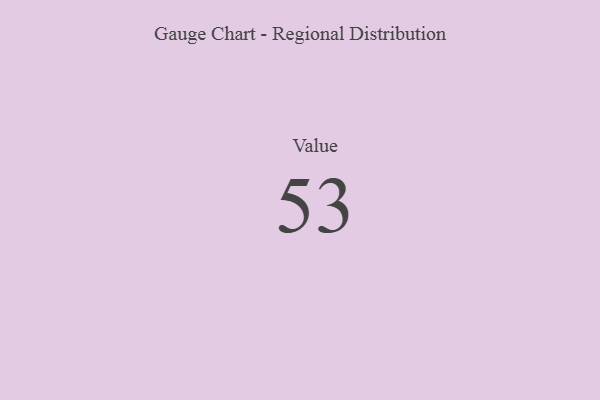
{"axis": {"x": "Metric", "y": "Value"}, "legend": [""], "data": [{"x": "Value", "y": 53, "type": ""}]}